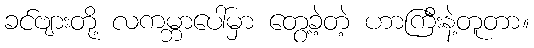
ခင်ဗျားတို့ လကမ္ဘာပေါ်မှာ တွေ့ခဲ့တဲ့ ဟာကြီးနဲ့တူတာ။